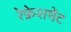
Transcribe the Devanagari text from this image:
रेफ्रेशमेंट